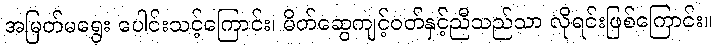
အမြတ်မရွေး ပေါင်းသင့်ကြောင်း၊ မိတ်ဆွေကျင့်ဝတ်နှင့်ညီသည်သာ လိုရင်းဖြစ်ကြောင်း။